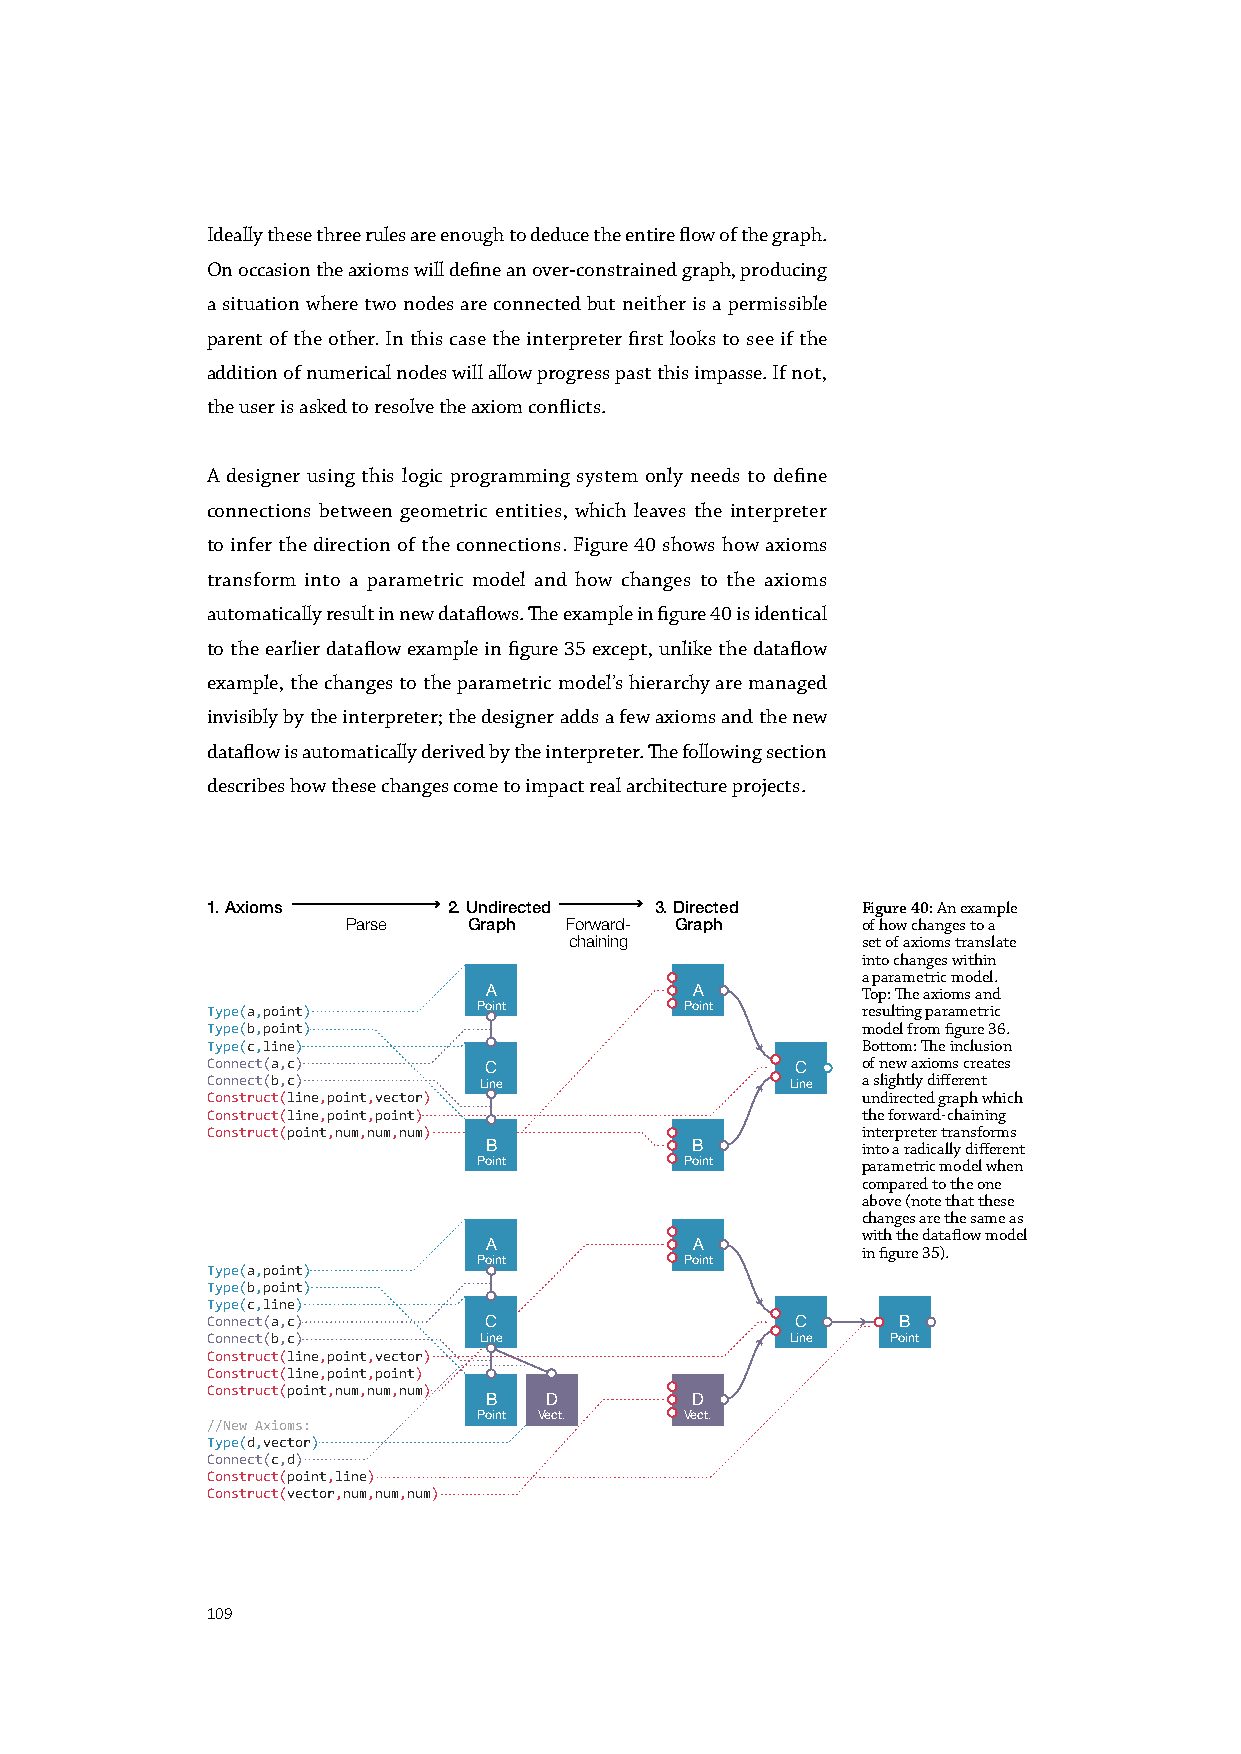
Ideally these three rules are enough to deduce the entire flow of the graph.
 On occasion the axioms will define an over-constrained graph, producing
 a situation where two nodes are connected but neither is a permissible
 parent of the other. In this case the interpreter first looks to see if the
 addition of numerical nodes will allow progress past this impasse. If not,
 the user is asked to resolve the axiom conflicts.
 A designer using this logic programming system only needs to define
 connections between geometric entities, which leaves the interpreter
 to infer the direction of the connections. Figure 40 shows how axioms
 transform into a parametric model and how changes to the axioms
 automatically result in new dataflows. The example in figure 40 is identical
 to the earlier dataflow example in figure 35 except, unlike the dataflow
 example, the changes to the parametric model’s hierarchy are managed
 invisibly by the interpreter; the designer adds a few axioms and the new
 dataflow is automatically derived by the interpreter. The following section
 describes how these changes come to impact real architecture projects.
 1. Axioms       2. Undirected 3. Directed  Figure 40: An example
 Parse   Graph Forward- Graph      of how changes to a
 chaining           set of axioms translate
 into changes within
 a parametric model.
 A             A          Top: The axioms and
 Type(a,point)     Point        Point       resulting parametric
 Type(b,point)                              model from figure 36.
 Type(c,line)                               Bottom: The inclusion
 Connect(a,c)                               of new axioms creates
 C                    C
 Connect(b,c)      Line                Line a slightly different
 Construct(line,point,vector)               undirected graph which
 Construct(line,point,point)                the forward-chaining
 Construct(point,num,num,num)               interpreter transforms
 B             B          into a radically different
 Point        Point       parametric model when
 compared to the one
 above (note that these
 changes are the same as
 with the dataflow model
 A             A          in figure 35).
 Point        Point
 Type(a,point)
 Type(b,point)
 Type(c,line)
 Connect(a,c)      C                    C     B
 Connect(b,c)      Line                Line   Point
 Construct(line,point,vector)
 Construct(line,point,point)
 Construct(point,num,num,num)
 B   D         D
 Point Vect.  Vect.
 //New Axioms:
 Type(d,vector)
 Connect(c,d)
 Construct(point,line)
 Construct(vector,num,num,num)
 109